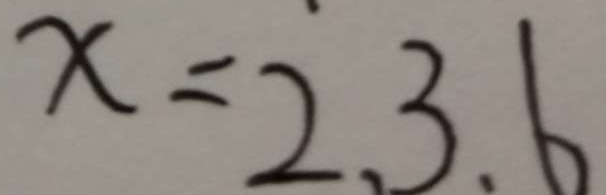
x = 2 . 3 . 6